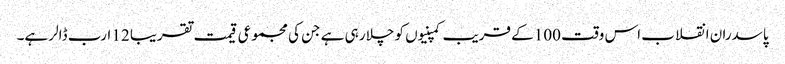
پاسدران انقلاب اس وقت 100 کے قریب کمپنیوں کو چلا رہی ہے جن کی مجموعی قیمت تقریبا 12 ارب ڈالر ہے۔